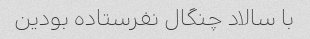
با سالاد چنگال نفرستاده بودین